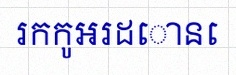
រកកូអរដោនេ